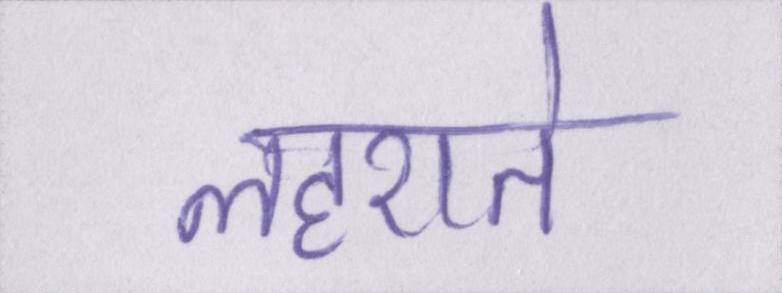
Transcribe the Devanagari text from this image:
लहराते